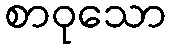
စာဝုသော